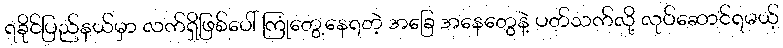
ရခိုင်ပြည်နယ်မှာ လက်ရှိဖြစ်ပေါ် ကြုံတွေ့နေရတဲ့ အခြေ အနေတွေနဲ့ ပတ်သက်လို့ လုပ်ဆောင်ရမယ့်